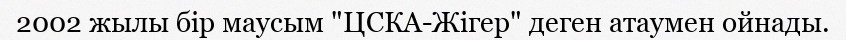
2002 жылы бір маусым "ЦСКА-Жігер" деген атаумен ойнады.